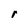
Character: r